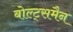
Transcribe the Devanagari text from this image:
बोल्ट्समैन